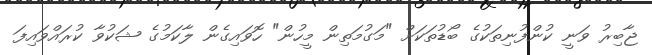
ޖާބިރު ވަނީ ކުންފުނިތަކުގެ ބޯޑުތަކަށް "މަގުމަތިން މީހުން" ހޮވައިގެން ލާކަމުގެ ޝަކުވާ ކުރައްވައިފަ